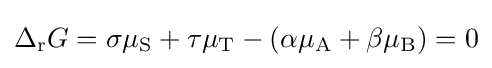
\Delta _{\mathrm {r} }G=\sigma \mu _{\mathrm {S} }+\tau \mu _{\mathrm {T} }-(\alpha \mu _{\mathrm {A} }+\beta \mu _{\mathrm {B} })=0